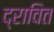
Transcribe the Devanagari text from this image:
द्रावित